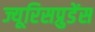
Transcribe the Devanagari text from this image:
ज्यूरिसप्रुडेंस